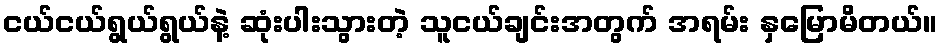
ငယ်ငယ်ရွယ်ရွယ်နဲ့ ဆုံးပါးသွားတဲ့ သူငယ်ချင်းအတွက် အရမ်း နှမြောမိတယ်။